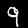
Digit: 9